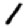
Digit: 1